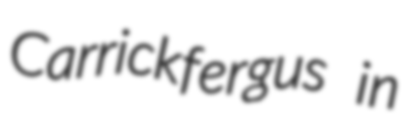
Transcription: Carrickfergus in